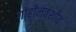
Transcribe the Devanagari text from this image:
गोहीलवंशीय